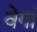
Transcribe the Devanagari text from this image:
वेगां